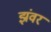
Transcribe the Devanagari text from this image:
झंवर